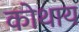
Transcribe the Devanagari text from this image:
कोथाय